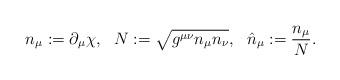
LaTeX: \begin{align*}n_{\mu}:=\partial_{\mu }\chi, \ \ N:=\sqrt{g^{\mu \nu}n_{\mu } n_{\nu} }, \ \ \hat{n}_{\mu}:=\frac{n_{\mu } }{N}.\end{align*}